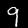
Label: 9